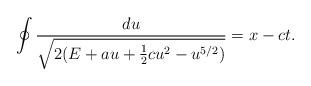
LaTeX: \begin{align*}\oint\frac{du}{\sqrt{2(E+au+\frac{1}{2}cu^2-u^{5/2})}}=x-ct.\end{align*}